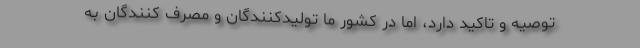
توصیه و تاکید دارد، اما در کشور ما تولیدکنندگان و مصرف کنندگان به